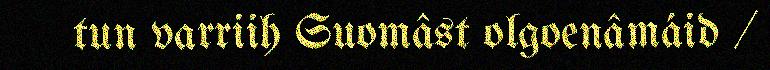
tun varriih Suomâst olgoenâmáid /